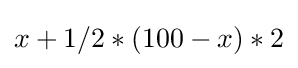
x+1/2*(100-x)*2